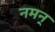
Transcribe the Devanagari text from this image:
नमन्